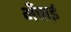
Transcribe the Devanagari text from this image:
भँचाई